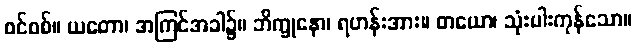
စင်စစ်။ ယတော၊ အကြင်အခါ၌။ ဘိက္ခုနော၊ ရဟန်းအား။ တယော၊ သုံးပါးကုန်သော။